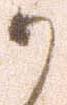
か